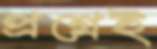
প্রশ্নেই